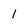
Character: 1